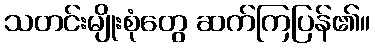
သတင်းမျိုးစုံတွေ ဆက်ကြပြန်၏။